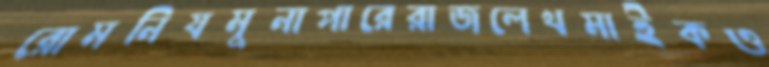
রোমনিযমুনাপারেরাজলেখমাইকও